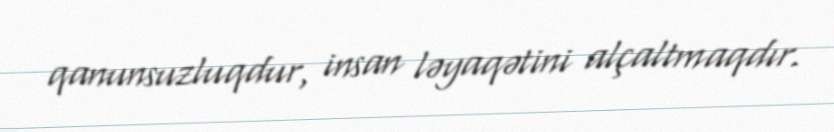
qanunsuzluqdur, insan ləyaqətini alçaltmaqdır.